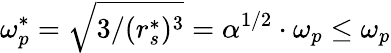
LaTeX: \omega_{p}^{*}=\sqrt{3/(r_{s}^{*})^{3}}=\alpha^{1/2}\cdot\omega_{p}\le\omega_{p}